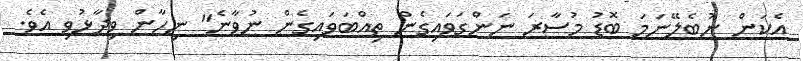
އެކަން ނުބެލޭނަމަ ބޮޑު މުސާރަ ނަންގަވައިގެން ތިއްބަވައިގެން ނުވާނެ" ނިހާން ވިދާޅުވި އެވެ.